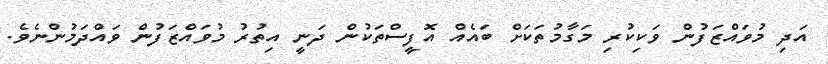
އަދި މުވައްޒަފުން ވަކިކުރި މަގާމުތަކަށް ބައެއް އޮފީސްތަކުން ދަނީ އިތުރު މުވައްޒަފުން ވައްދަމުންނެވެ.